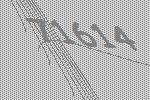
71614